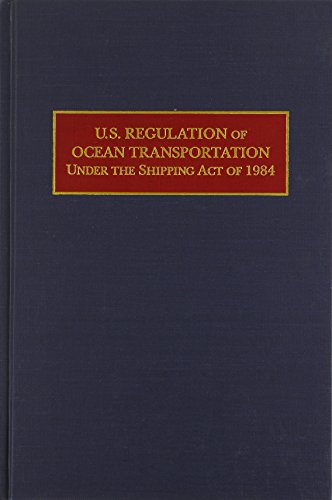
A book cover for U.S. Regulation of Ocean Transportation Under the Shipping Act of 1984; Gerald H. Ullman; Law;